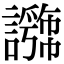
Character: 𧭕